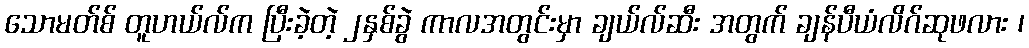
သောမတ်စ် တူဟယ်လ်က ပြီးခဲ့တဲ့ ၂နှစ်ခွဲ ကာလအတွင်းမှာ ချယ်လ်ဆီး အတွက် ချန်ပီယံလိဂ်ဆုဖလား ၊